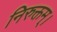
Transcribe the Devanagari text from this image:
निरुक्तम्।